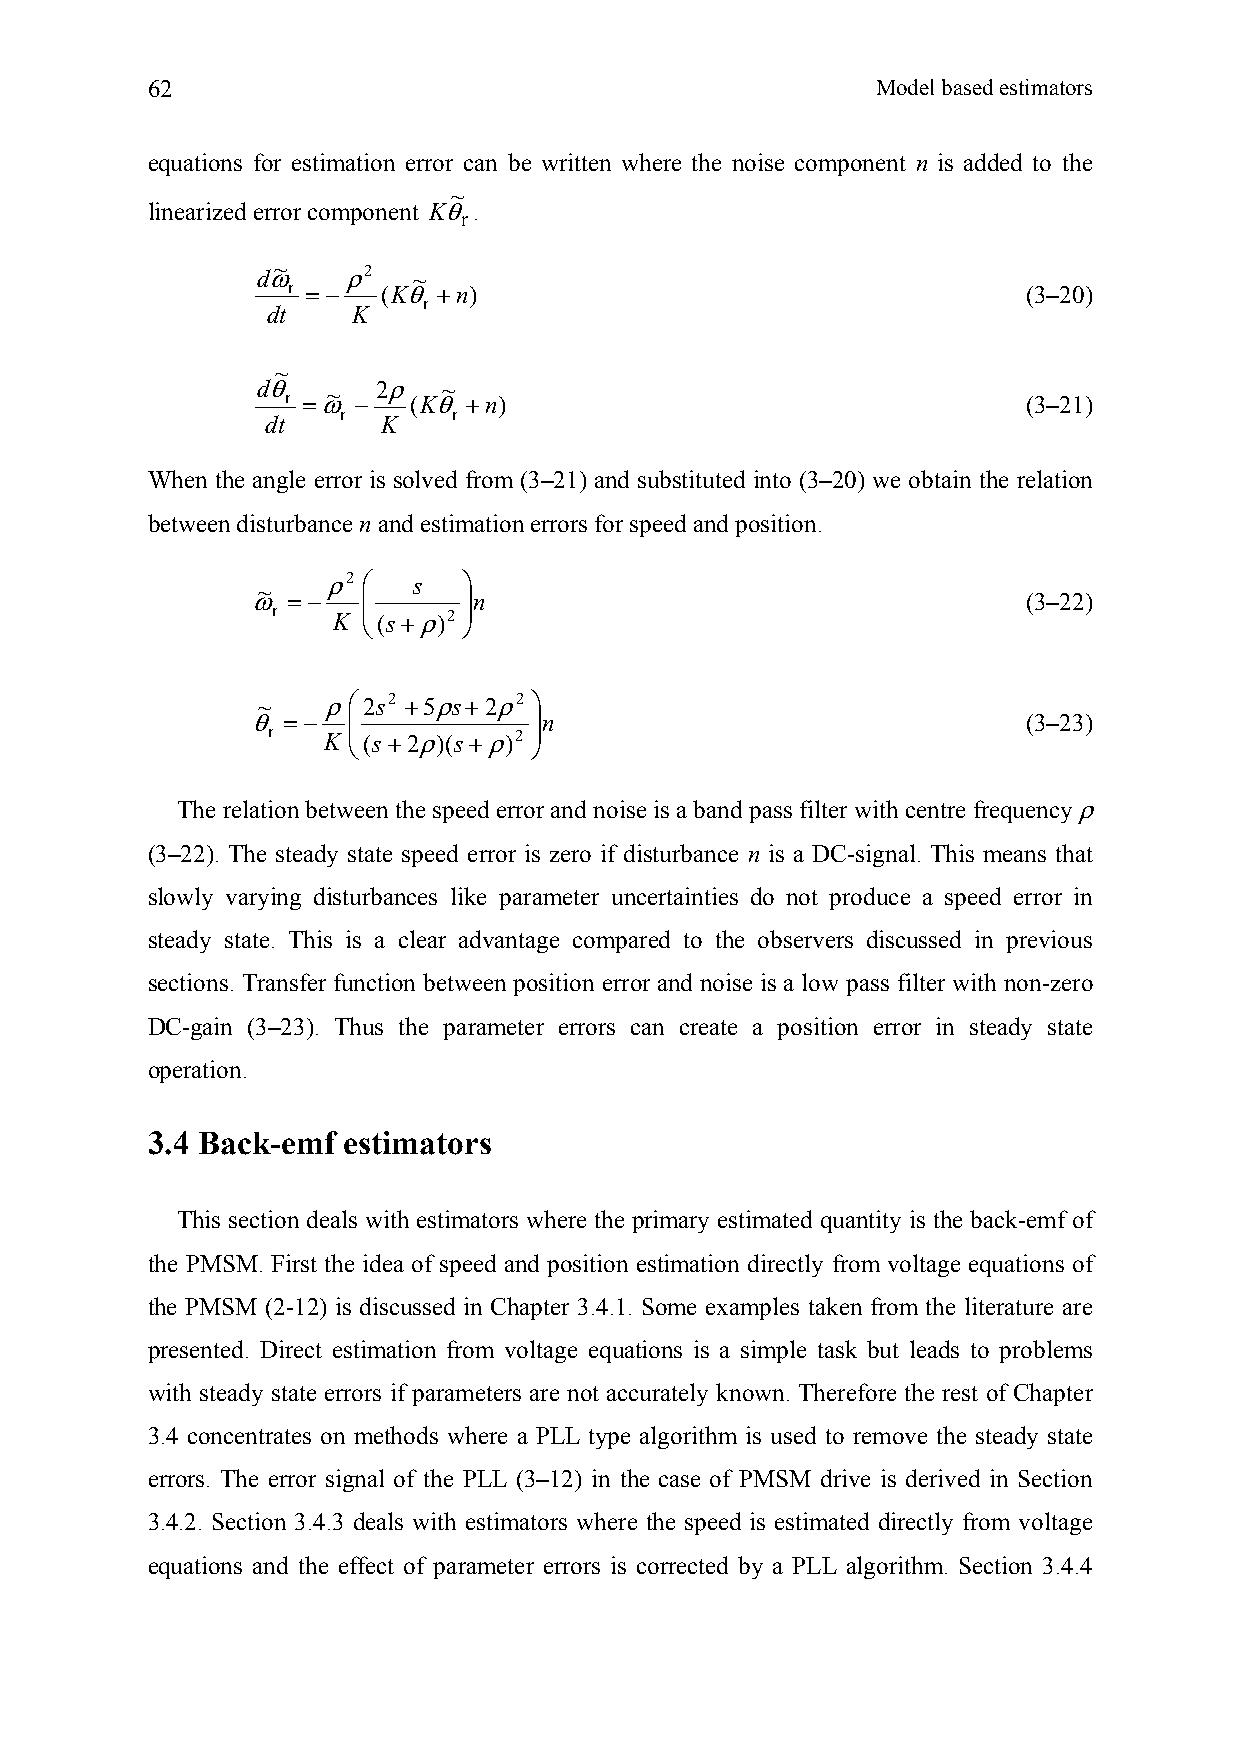
62                                              Model based estimators
 equations for estimation error can be written where the noise component n is added to the
 ~
 linearized error component Kθ.
 r
 dω~   ρ2  ~
 r = − (Kθ +n)                                    (3–20)
 r
 dt   K
 ~
 dθ r =ω~ − 2ρ (Kθ~ +n)                             (3–21)
 r      r
 dt     K
 When the angle error is solved from (3–21) and substituted into (3–20) we obtain the relation
 between disturbance n and estimation errors for speed and position.
 ω~ = − ρ2 ⎜⎛ s ⎟⎞ n                                (3–22)
 r   K ⎜ ⎝(s+ρ)2 ⎟
 ⎠
 ~    ρ⎛2s2 +5ρs+2ρ2 ⎞
 θ = − ⎜           ⎟n                               (3–23)
 r  K ⎜ ⎝(s+2ρ)(s+ρ)2 ⎟
 ⎠
 The relation between the speed error and noise is a band pass filter with centre frequency ρ
 (3–22). The steady state speed error is zero if disturbance n is a DC-signal. This means that
 slowly varying disturbances like parameter uncertainties do not produce a speed error in
 steady state. This is a clear advantage compared to the observers discussed in previous
 sections. Transfer function between position error and noise is a low pass filter with non-zero
 DC-gain (3–23). Thus the parameter errors can create a position error in steady state
 operation.
 3.4 Back-emf estimators
 This section deals with estimators where the primary estimated quantity is the back-emf of
 the PMSM. First the idea of speed and position estimation directly from voltage equations of
 the PMSM (2-12) is discussed in Chapter 3.4.1. Some examples taken from the literature are
 presented. Direct estimation from voltage equations is a simple task but leads to problems
 with steady state errors if parameters are not accurately known. Therefore the rest of Chapter
 3.4 concentrates on methods where a PLL type algorithm is used to remove the steady state
 errors. The error signal of the PLL (3–12) in the case of PMSM drive is derived in Section
 3.4.2. Section 3.4.3 deals with estimators where the speed is estimated directly from voltage
 equations and the effect of parameter errors is corrected by a PLL algorithm. Section 3.4.4